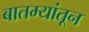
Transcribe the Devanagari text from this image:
बातम्यांतून